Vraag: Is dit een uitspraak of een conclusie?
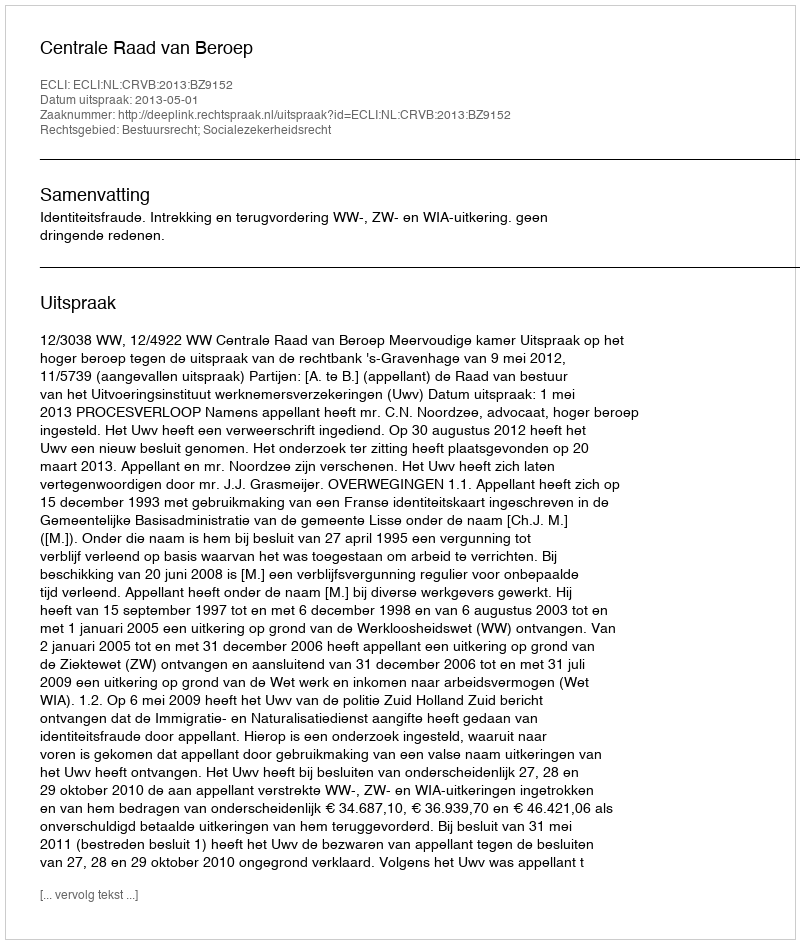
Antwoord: Uitspraak